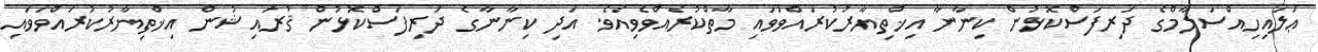
ޢަލައިހިއްސަލާމްގެ ދަރިފަސްކޮޅުން ކިނާނާ އިޚްތިޔާރުކުރައްވަވައި މާތްކުރެއްވެވިއެވެ. އަދި ކިނާނާގެ ދަރިފަސްކޮޅުން ޤުރައިޝުން އިޚްތިޔާރުކުރައްވަވައި